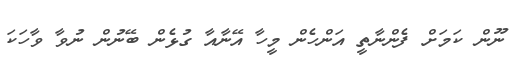
ނޫން ކަމަށް ފެންނާތީ އަންހެން މީހާ އޭނާއާ ގުޅެން ބޭނުން ނުވާ ވާހަކަ